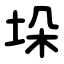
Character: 垛